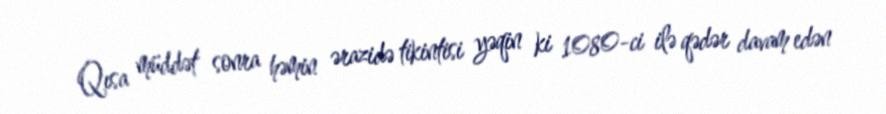
Qısa müddət sonra həmin ərazidə tikintisi yəqin ki 1080-ci ilə qədər davam edən